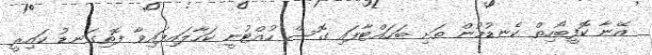
އޭނާ ކޮފީބޯހިތް ކެނޑުމުން ތަށި ބަހައްޓާފައި ގޮސް ހުއްޓުނީ ކަހާލައިފައިވާ ފޮތިގަނޑު ކައިރީ